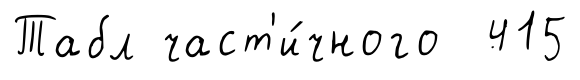
Табл част'и́чного 415